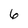
Character: 6